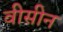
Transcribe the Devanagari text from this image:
वीसीन